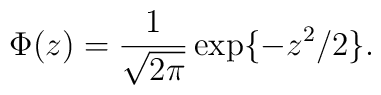
\Phi (z)= \frac{1}{\sqrt{2 \pi}} \exp \{- z^2/2\}.